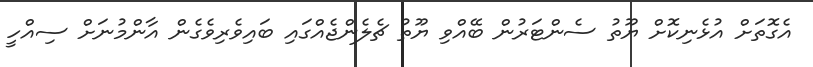
އެގޮތަށް އުޅެނިކޮށް ޔޫތު ސެންޓަރުން ބޭއްވި ޔޫތު ޗެލެންޖެއްގައި ބައިވެރިވެގެން އާންމުނަށް ސިއްހީ